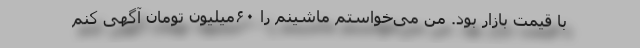
با قیمت بازار بود. من می‌خواستم ماشینم را ۶۰میلیون تومان آگهی کنم